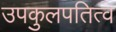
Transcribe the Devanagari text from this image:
उपकुलपतित्व